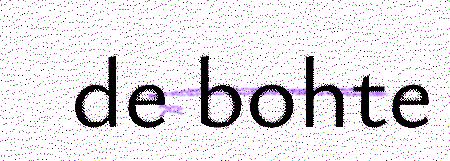
de bohte